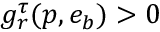
g _ { r } ^ { \tau } ( p , e _ { b } ) > 0